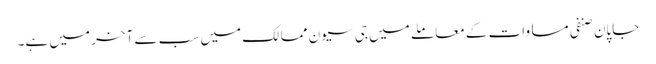
جاپان صنفی مساوات کے معاملے میں جی سیون ممالک میں سب سے آخر میں ہے۔